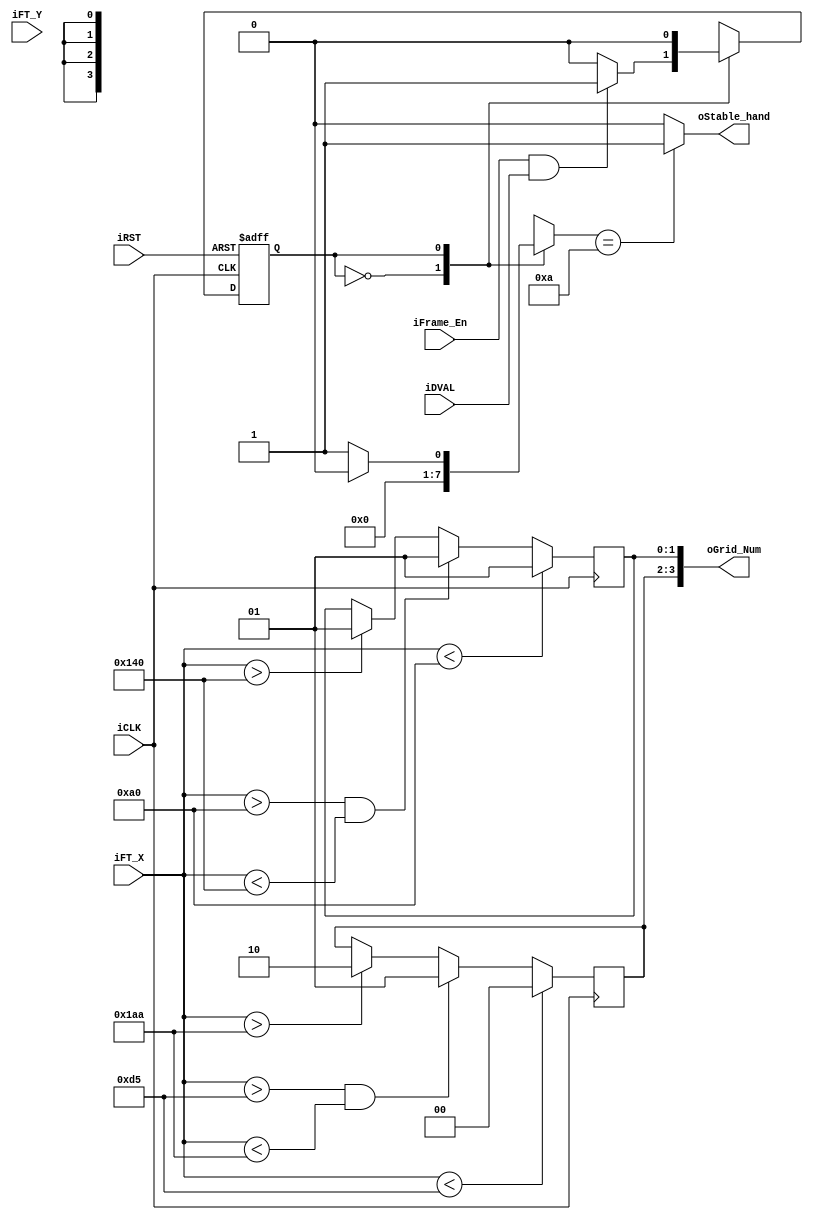
module MovementDetection (iCLK,
					      iRST,
					      iDVAL,
					      iFT_X,
					      iFT_Y, 
					      iFrame_En,
					      oGrid_Num,
					      oStable_hand,
					      );

input	      	iCLK;
input			iRST;
input	     	iDVAL;
input	[9:0]   iFT_X;
input	[9:0]   iFT_Y;
input			iFrame_En;
output 	[3:0]   oGrid_Num;
output			oStable_hand;
	
// State definition
localparam IDLE = 1'b0;
localparam DETECT = 1'b1;
localparam WIDTH = 640;
localparam HEIGHT = 480;
reg state, nxt_state; 

reg [3:0] counter;
reg grid_change;
reg [3:0] temp_grid_number;

always @(posedge iCLK, posedge iRST) begin
	if (iRST)
		state <= IDLE;
	else
		state <= nxt_state;
end

always @(*) begin
	//initialize SM inputs
	nxt_state = state;
	counter = 0;
	case (state)
 		IDLE: begin
			if(iFrame_En && iDVAL) begin
				nxt_state = DETECT;
			end
		end
		DETECT: begin
			nxt_state = IDLE;
			if (grid_change == 1'b0) counter = counter + 1'b1;
			else counter = 0;
		end
	endcase
end


// determine whether the grid is changed or not
always @(posedge iCLK) begin
	if(iFT_X < WIDTH/3)
    	temp_grid_number[3:2] <= 2'b00;
	else if (iFT_X > WIDTH/3 && iFT_X < 2*WIDTH/3) 
		temp_grid_number [3:2] <= 2'b01;
	else if(iFT_X > (2*WIDTH/3)) 
		temp_grid_number [3:2] <= 2'b10;
end	

always @(posedge iCLK) begin
	if(iFT_X < HEIGHT/3)
		temp_grid_number [1:0] <= 2'b01;
	else if (iFT_X > HEIGHT/3 && iFT_X < 2*HEIGHT/3)
		temp_grid_number [1:0] <= 2'b01;
	else if(iFT_X > (2*HEIGHT/3)) 
		temp_grid_number [1:0] <= 2'b01;

end	

assign oGrid_Num = temp_grid_number;


// indicate the hand is stable when the counter reaches 10
assign oStable_hand = (counter == 4'b1010) ? 1'b1 : 1'b0;

endmodule